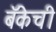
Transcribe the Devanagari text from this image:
बॅकेची